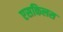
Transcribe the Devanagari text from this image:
एसकिलस